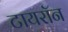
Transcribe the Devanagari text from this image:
टायराॅन